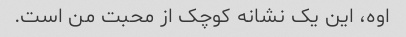
اوه، این یک نشانه کوچک از محبت من است.